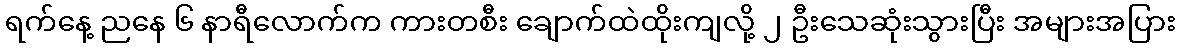
ရက်နေ့ ညနေ ၆ နာရီလောက်က ကားတစီး ချောက်ထဲထိုးကျလို့ ၂ ဦးသေဆုံးသွားပြီး အများအပြား